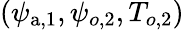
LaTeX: (\psi_{\mathrm{a},1},\psi_{o,2},T_{o,2})